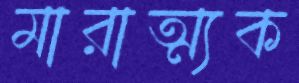
মারাত্ম্যক